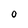
Character: 0